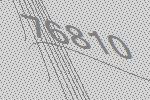
76810